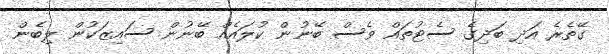
ގޭތެރެ އަދި ބަދިގެ ސެޓުތައް ވެސް ބޭނުން ކުލައެއް ބޭނުން ސައިޒަކުން ލިބެން